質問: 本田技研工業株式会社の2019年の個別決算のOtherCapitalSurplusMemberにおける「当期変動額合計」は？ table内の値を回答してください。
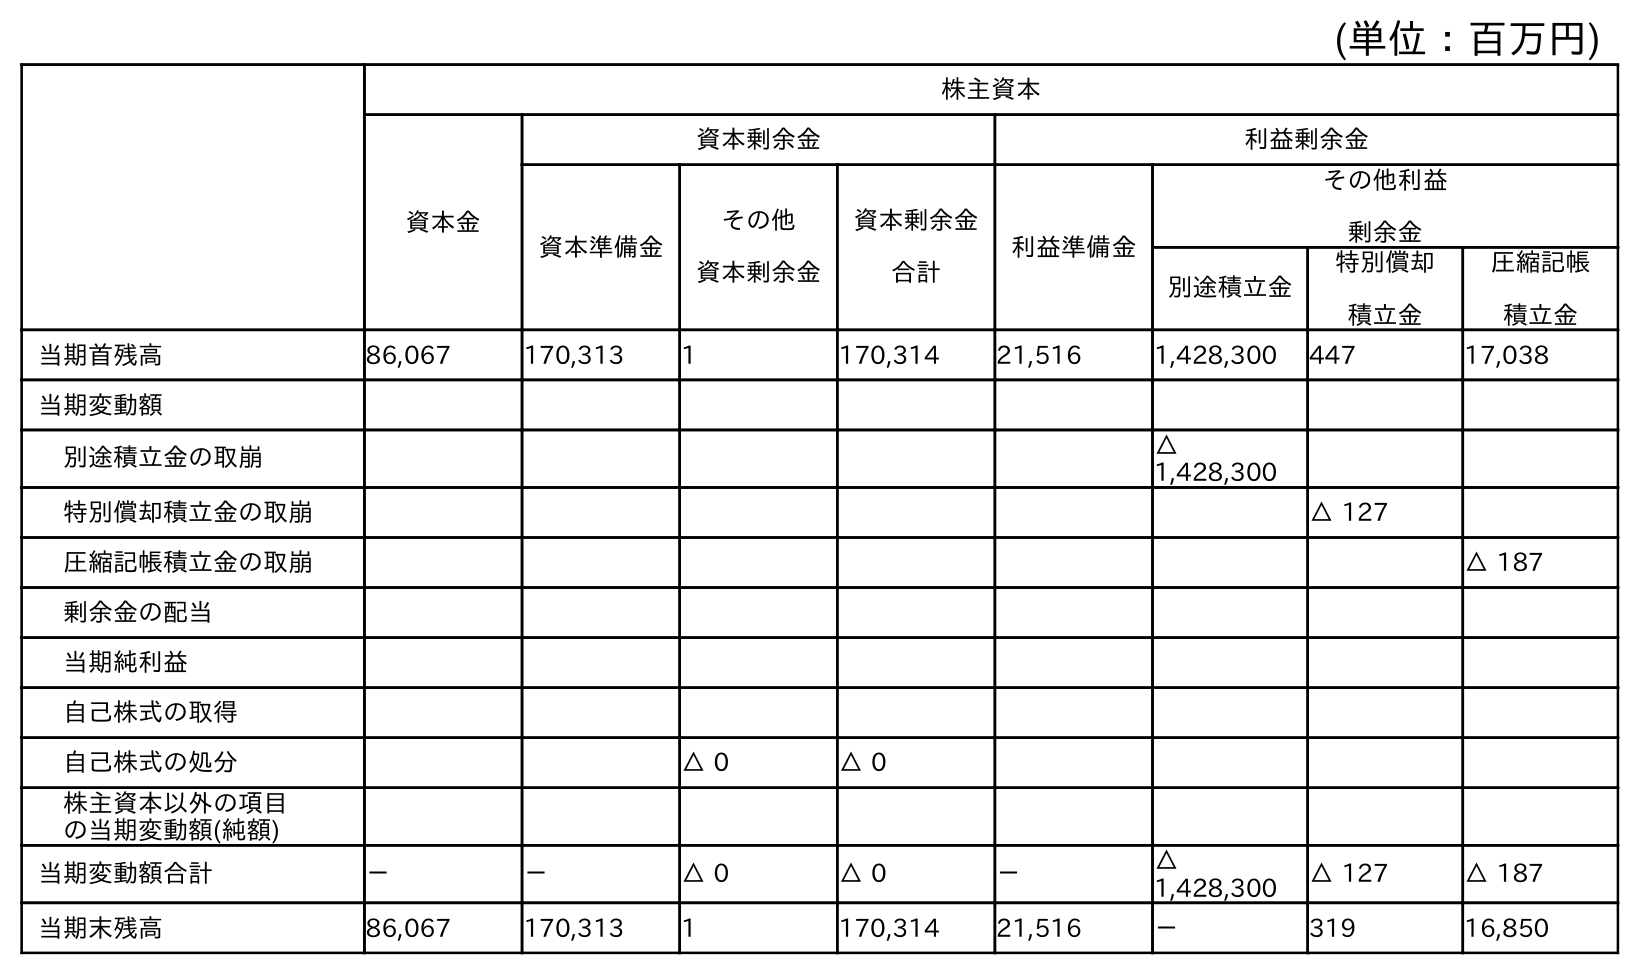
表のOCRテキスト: (単位：百万円) 株主資本 資本金 資本剰余金 利益剰余金 資本準備金 その他 資本剰余金 資本剰余金 合計 利益準備金 その他利益 剰余金 別途積立金 特別償却 積立金 圧縮記帳 積立金 当期首残高 86,067 170,313 1 170,314 21,516 1,428,300 447 17,038 当期変動額 別途積立金の取崩 △ 1,428,300 特別償却積立金の取崩 △ 127 圧縮記帳積立金の取崩 △ 187 剰余金の配当 当期純利益 自己株式の取得 自己株式の処分 △ 0 △ 0 株主資本以外の項目 の当期変動額(純額) 当期変動額合計 － － △ 0 △ 0 － △ 1,428,300 △ 127 △ 187 当期末残高 86,067 170,313 1 170,314 21,516 － 319 16,850
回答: △0